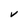
Character: V